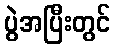
ပွဲအပြီးတွင်